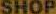
SHOP